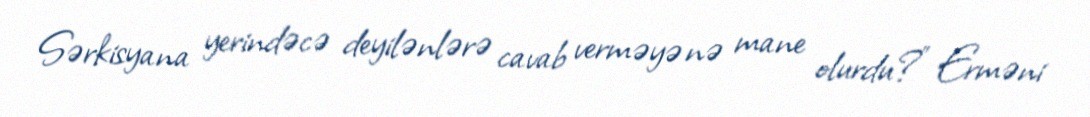
Sərkisyana yerindəcə deyilənlərə cavab verməyə nə mane olurdu?” Erməni